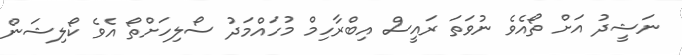
ނަޝީދު އަށް ތޯއެވެ ނުވަތަ ރައީސް އިބްރާހިމް މުހައްމަދު ސޯލިހަށްތޯ އެވެ ކޯލިޝަން